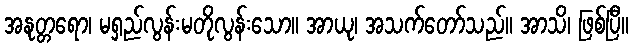
အနုတ္တရော၊ မရှည်လွန်းမတိုလွန်းသော။ အာယု၊ အသက်တော်သည်။ အာသိ၊ ဖြစ်ပြီ။